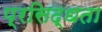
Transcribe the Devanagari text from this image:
प्रसिद्धता